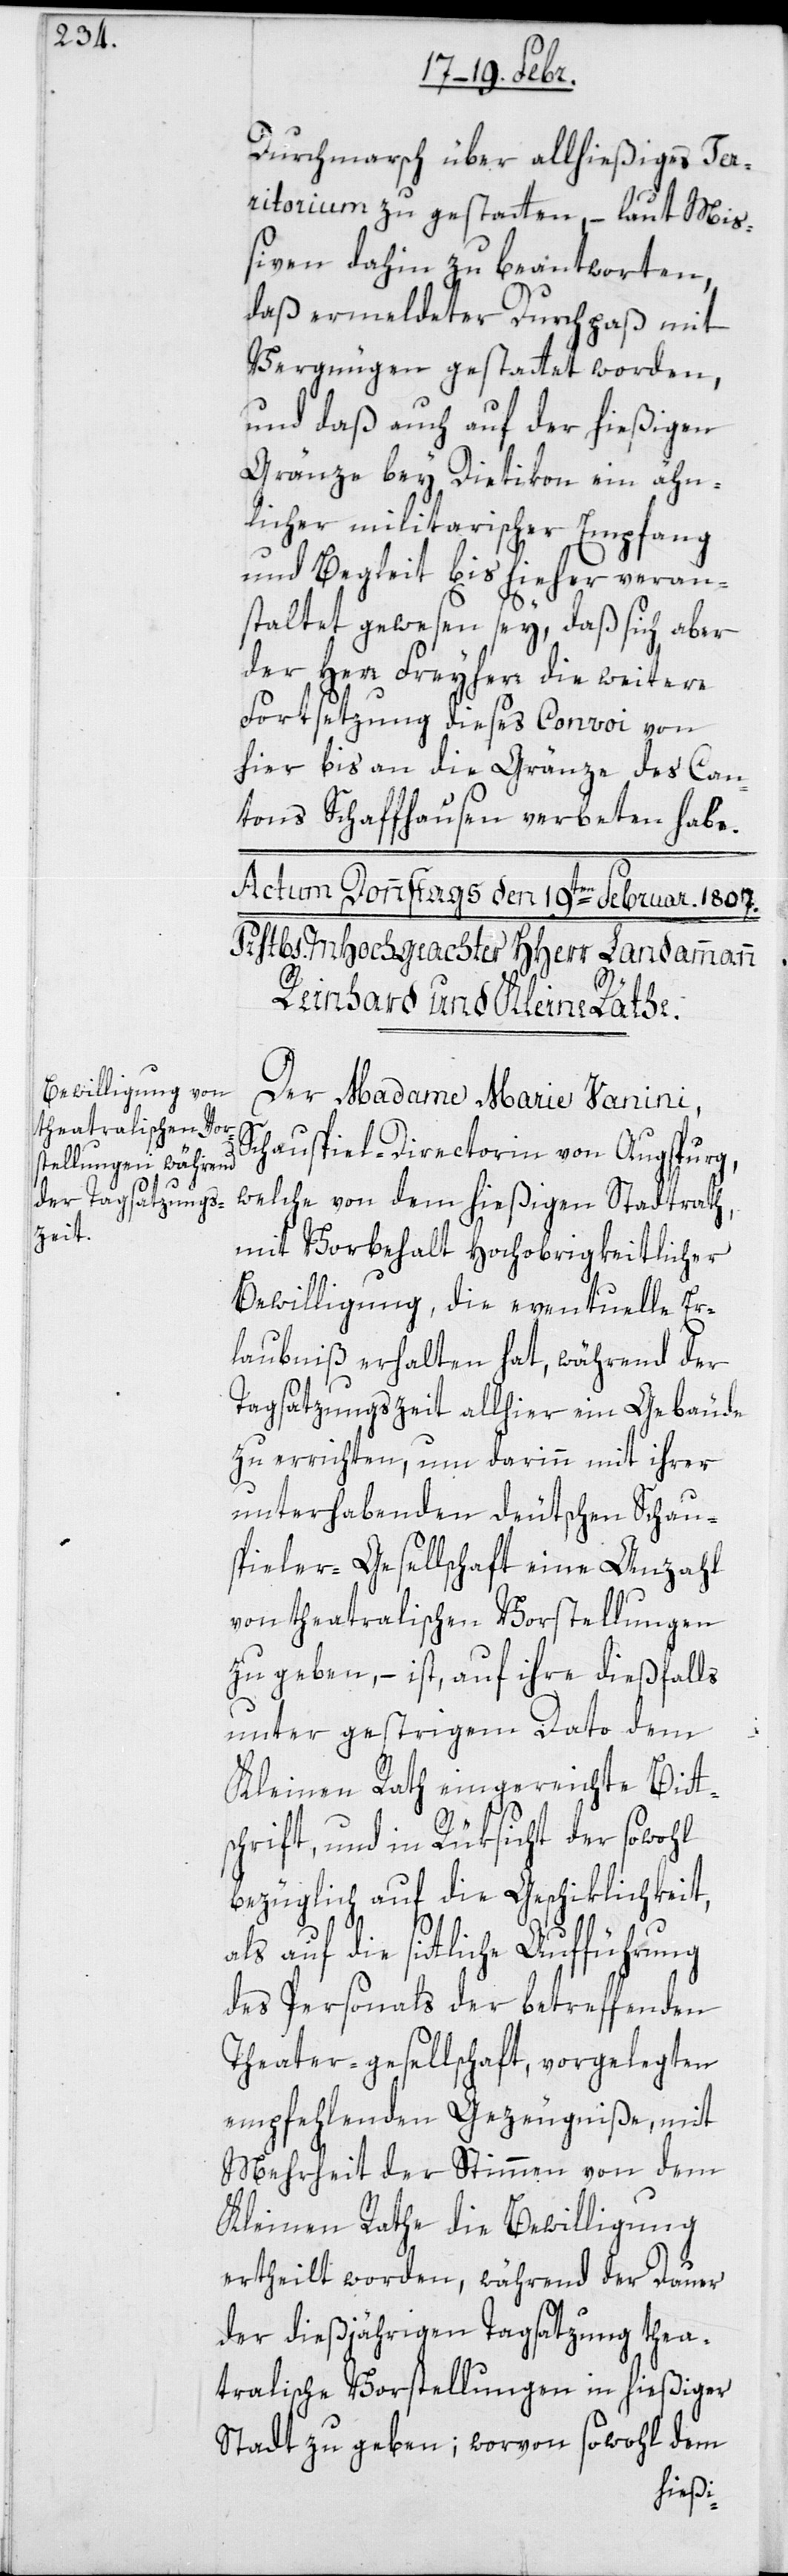
Durchmarsch über allhießiges Ter¬
ritorium zu gestatten, – laut Miß¬
iven dahin zu beantworten,
daß ermeldter Durchpaß mit
Vergnügen gestattet worden,
und daß auch auf der hießigen
Gränze bey Dietikon ein ähn¬
licher militarischer Empfang
und Begleit bis hieher veran¬
staltet gewesen sey, daß sich aber
der Herr Freyherr die weitere
Fortsetzung dieses Convoi von
hier bis an die Grenze des Can¬
tons Schaffhausen verbeten habe.
Der Madame Marie Vanini,
Schauspiel-Directorin von Augspurg,
welche von dem hießigen Stadtrath,
mit Vorbehalt Hochobrigkeitlicher
Bewilligung, die eventuelle Er¬
laubnis erhalten hat, während der
Tagsatzungszeit allhier ein Gebäude
zu errichten, um darinn mit ihrer
unterhabenden deutschen Schau¬
spieler-Gesellschaft eine Anzahl
von theatralischen Vorstellungen
zu geben, – ist auf ihre dießfalls
unter gestrigem dato dem
Kleinen Rath eingereichte Bitt¬
schrift, und in Rüksicht der sowohl
bezüglich auf die Geschiklichkeit,
auf die sittliche Aufführung
des Personals der betreffenden
Theater-gesellschaft, vorgelegten
empfehlenden Gezeugniße, mit
Mehrheit der Stimmen von dem
Kleinen Rathe die Bewilligung
ertheilt worden, während der Dauer
der dießjährigen Tagsatzung thea¬
tralische Vorstellungen in hießiger
Stadt zu geben; wovon sowohl dem